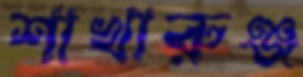
শাখারুঞ্জ